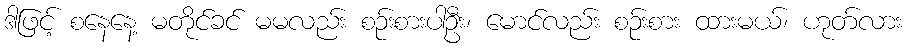
ဒါဖြင့် စနေနေ့ မတိုင်ခင် မမလည်း စဉ်းစားပါဦး၊ မောင်လည်း စဉ်းစား ထားမယ်၊ ဟုတ်လား